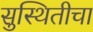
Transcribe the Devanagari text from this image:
सुस्थितीचा